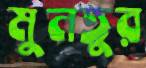
মুনতুর